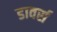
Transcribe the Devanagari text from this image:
डावर्स